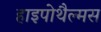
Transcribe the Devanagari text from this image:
हाइपोथैल्मस